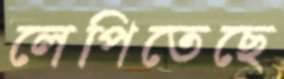
লেপিতেছে